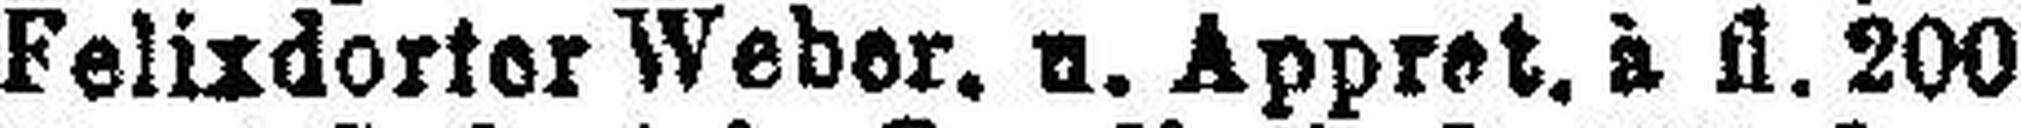
Felixdorter Weber, u. Appret. à fl. 200